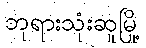
ဘုရားသုံးဆူမြို့